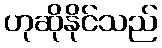
ဟုဆိုနိုင်သည်